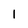
Character: I